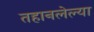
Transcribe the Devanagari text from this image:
तहानलेल्या